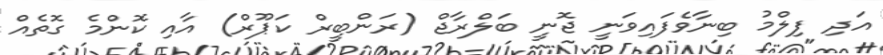
އަދި ފިލްމު ބިނާވެފައިވަނީ ޖޮނީ ބަލްރާޖް (ރަންބީރް ކަޕޫރް) އާއި ކޮންމެ ގޮތެއް